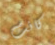
كانت